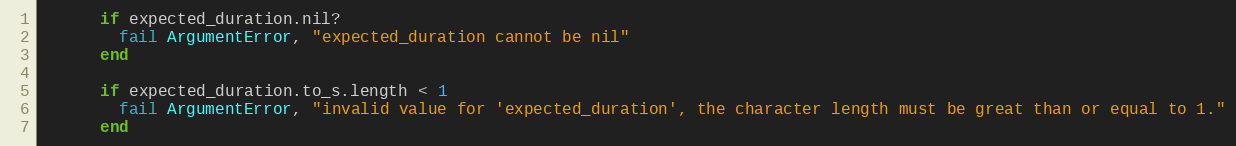
Language: Ruby
      if expected_duration.nil?
        fail ArgumentError, "expected_duration cannot be nil"
      end

      if expected_duration.to_s.length < 1
        fail ArgumentError, "invalid value for 'expected_duration', the character length must be great than or equal to 1."
      end